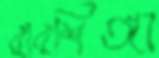
বারশিঙ্গা